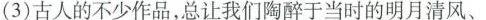
(3)古人的不少作品，总让我们陶醉于当时的明月清风、